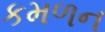
કમળન